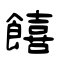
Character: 饎